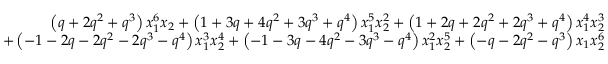
\begin{array} { r } { \left( q + 2 q ^ { 2 } + q ^ { 3 } \right) x _ { 1 } ^ { 6 } x _ { 2 } + \left( 1 + 3 q + 4 q ^ { 2 } + 3 q ^ { 3 } + q ^ { 4 } \right) x _ { 1 } ^ { 5 } x _ { 2 } ^ { 2 } + \left( 1 + 2 q + 2 q ^ { 2 } + 2 q ^ { 3 } + q ^ { 4 } \right) x _ { 1 } ^ { 4 } x _ { 2 } ^ { 3 } } \\ { + \left( - 1 - 2 q - 2 q ^ { 2 } - 2 q ^ { 3 } - q ^ { 4 } \right) x _ { 1 } ^ { 3 } x _ { 2 } ^ { 4 } + \left( - 1 - 3 q - 4 q ^ { 2 } - 3 q ^ { 3 } - q ^ { 4 } \right) x _ { 1 } ^ { 2 } x _ { 2 } ^ { 5 } + \left( - q - 2 q ^ { 2 } - q ^ { 3 } \right) x _ { 1 } x _ { 2 } ^ { 6 } } \end{array}